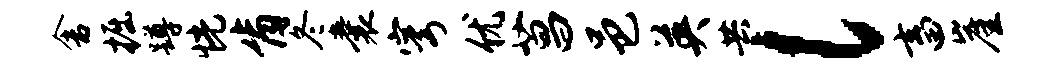
舍掘蹲恍肯冬囊穹优菖邑英共l畜崖